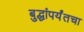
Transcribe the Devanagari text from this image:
बुद्धांपर्यंतचा